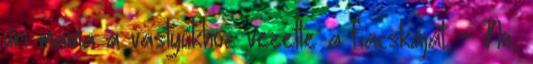
úri mama a vastyúkhoz vezette a fiacskáját. - No,